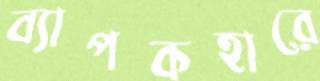
ব্যাপকহারে